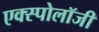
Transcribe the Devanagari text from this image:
एक्स्पोलॉजी